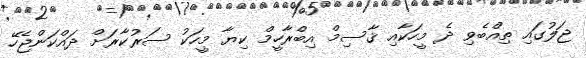
ޖަލުގައި ތިއްބެވި ދެ މީހަކާއި ޤާސިމް އިބްރާހީމް ކިޔާ މީހަކު ސަރުކާރަށް ދައްކަންޖެހޭ